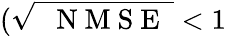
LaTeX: (\sqrt{\mathrm{~\textit~{~N~M~S~E~}~}}<1\